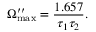
\Omega _ { \mathrm { m a x } } ^ { \prime \prime } = \frac { 1 . 6 5 7 } { \tau _ { 1 } \tau _ { 2 } } .